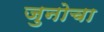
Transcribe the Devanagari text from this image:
जुनोचा